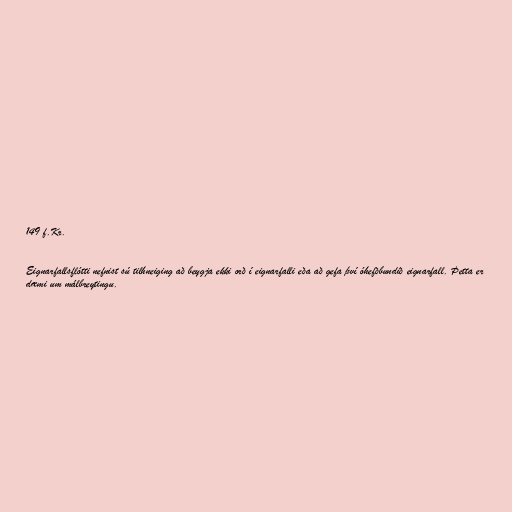
149 f.Kr.

Eignarfallsflótti nefnist sú tilhneiging að beygja ekki orð í eignarfalli eða að gefa því óhefðbundið eignarfall. Þetta er
dæmi um málbreytingu.